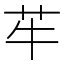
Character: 䒜